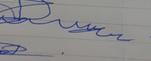
Signature authenticity: genuine